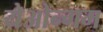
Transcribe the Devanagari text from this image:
येओन्गम